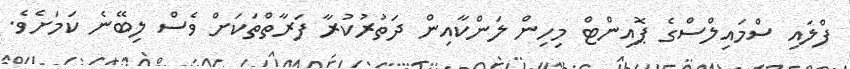
ފްލައި ސްމައިލްސްގެ ޕޮއިންޓް މިހިން ލަންކާއިން ދަތުރުކުރާ ފަރާތްތަކަށް ވެސް ލިބޭނެ ކަމަށެވެ.